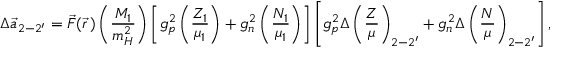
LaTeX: \Delta \vec { a } _ { 2 - 2 ^ { \prime } } = \vec { \cal F } ( \vec { r } \, ) \left( \frac { M _ { 1 } } { m _ { H } ^ { 2 } } \right) \left[ g _ { p } ^ { 2 } \left( \frac { Z _ { 1 } } { \mu _ { 1 } } \right) + g _ { n } ^ { 2 } \left( \frac { N _ { 1 } } { \mu _ { 1 } } \right) \right] \left[ g _ { p } ^ { 2 } \Delta \left( \frac { Z } { \mu } \right) _ { 2 - 2 ^ { \prime } } + g _ { n } ^ { 2 } \Delta \left( \frac { N } { \mu } \right) _ { 2 - 2 ^ { \prime } } \right] ,